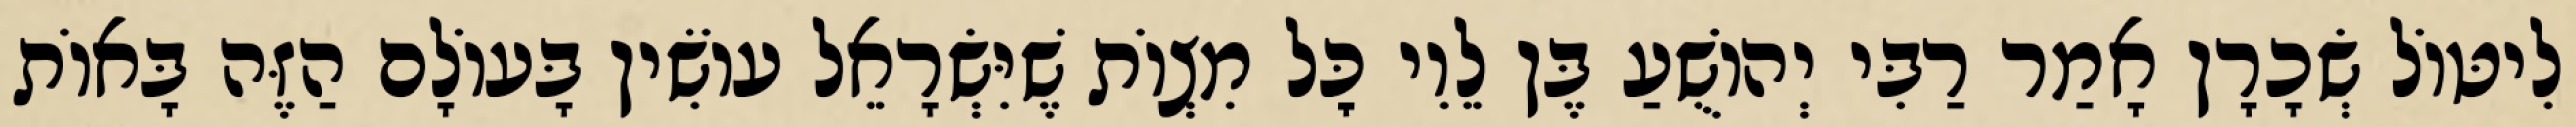
לִיטּוֹל שְׂכָרָן אָמַר רַבִּי יְהוֹשֻׁעַ בֶּן לֵוִי כׇּל מִצְוֹת שֶׁיִּשְׂרָאֵל עוֹשִׂין בָּעוֹלָם הַזֶּה בָּאוֹת